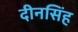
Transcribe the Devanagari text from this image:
दीनसिंह